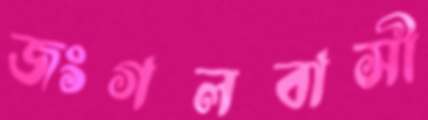
জংগলবাসী